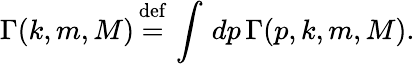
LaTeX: \Gamma(k,m,M)\mathop=^{\mathrm{def}}\, \int\, dp\, \Gamma(p,k,m,M).